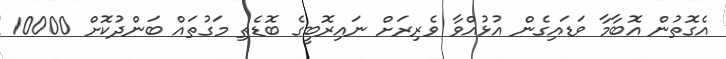
އެގޮތުން އޮބާމާ ވަޑައިގެން އުޅުއްވާ ވެރިރަށް ނައިރޮބީގެ ބޮޑެތި މަގުތައް ބަންދުކޮށް 10000